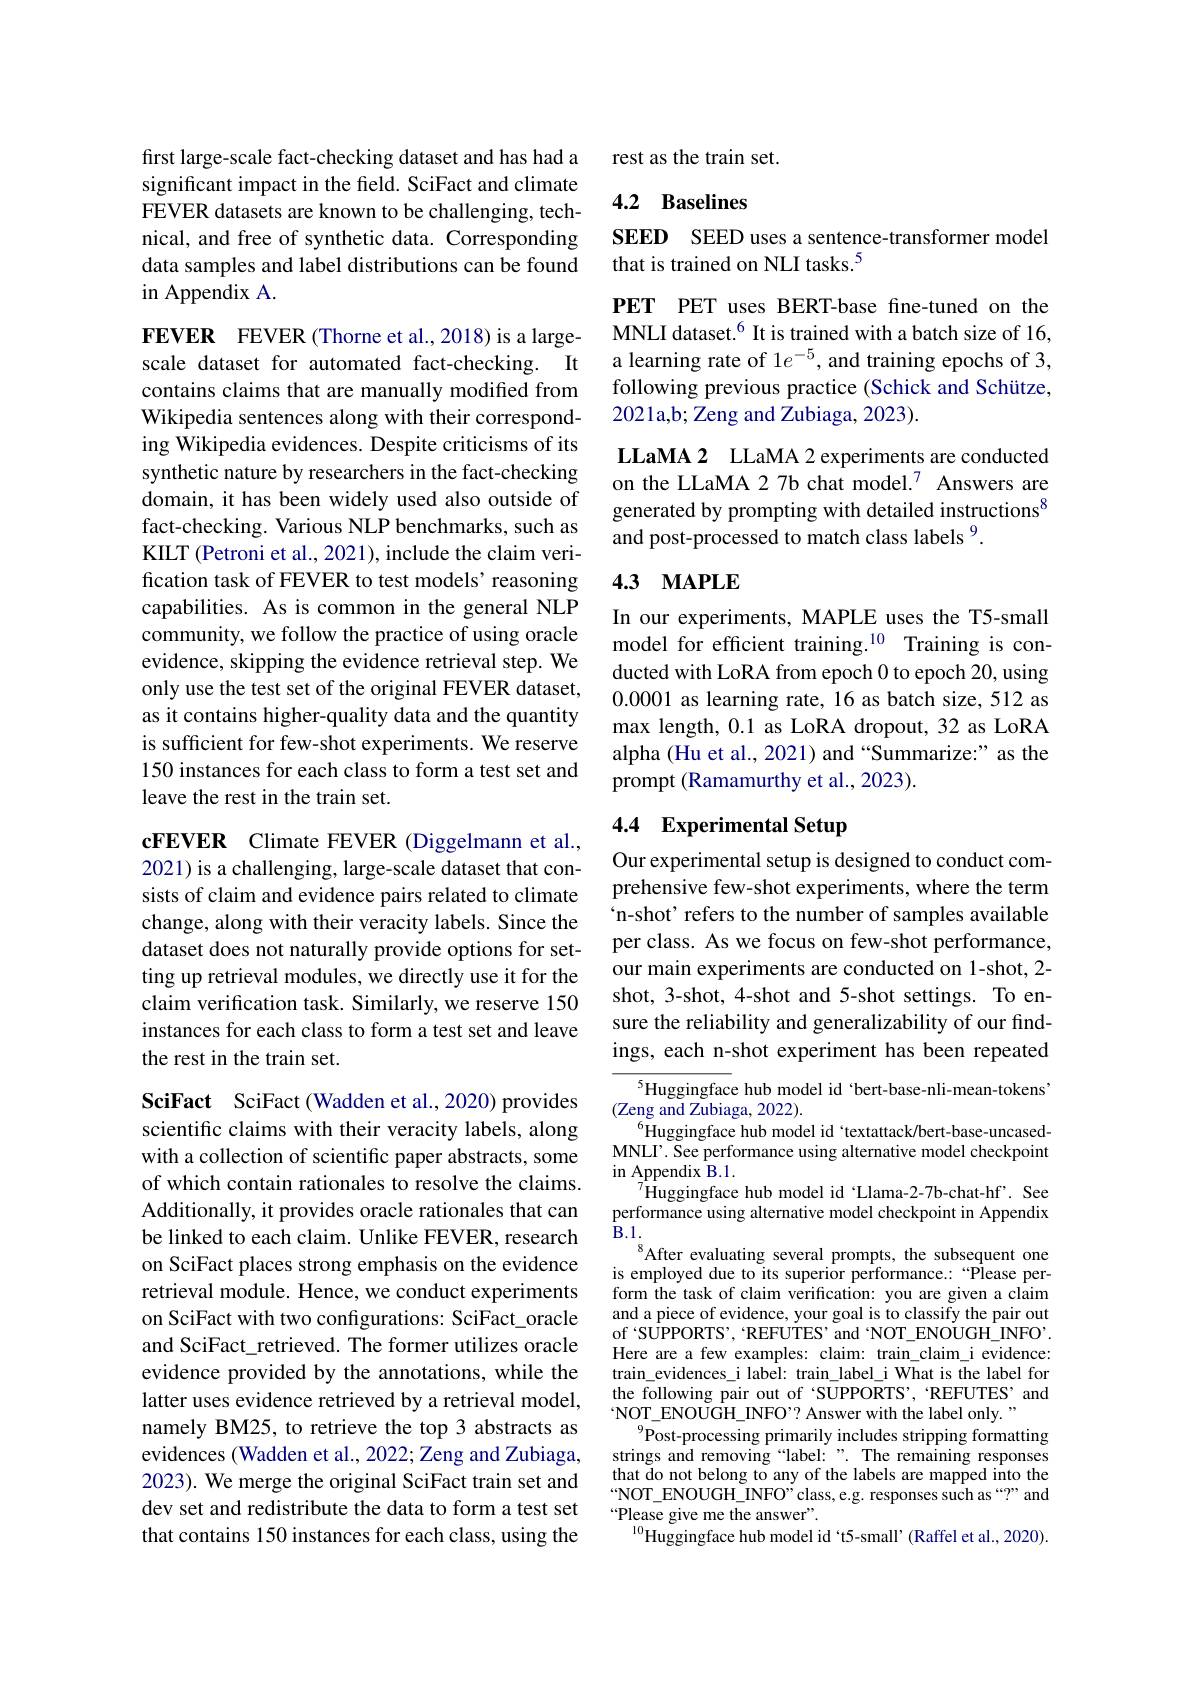
first large-scale fact-checking dataset and has had a significant impact in the field. SciFact and climate FEVER datasets are known to be challenging, technical, and free of synthetic data. Corresponding data samples and label distributions can be found in Appendix A.

FEVER FEVER (Thorne et al.,2018) is a largescale dataset for automated fact-checking. It contains claims that are manually modified from Wikipedia sentences along with their corresponding Wikipedia evidences. Despite criticisms of its synthetic nature by researchers in the fact-checking domain, it has been widely used also outside of fact-checking. Various NLP benchmarks, such as KILT (Petroni et al., 2021), include the claim verification task of FEVER to test models’ reasoning capabilities. As is common in the general NLP community, we follow the practice of using oracle evidence, skipping the evidence retrieval step. We only use the test set of the original FEVER dataset, as it contains higher-quality data and the quantity is sufficient for few-shot experiments. We reserve 150 instances for each class to form a test set and leave the rest in the train set.

cFEVER Climate FEVER (Diggelmann et al.,

2021) is a challenging, large-scale dataset that consists of claim and evidence pairs related to climate change, along with their veracity labels. Since the dataset does not naturally provide options for setting up retrieval modules, we directly use it for the claim verification task. Similarly, we reserve 150 instances for each class to form a test set and leave the rest in the train set.

SciFact SciFact (Wadden et al.,2020) provides scientific claims with their veracity labels, along with a collection of scientific paper abstracts, some of which contain rationales to resolve the claims. Additionally, it provides oracle rationales that can be linked to each claim. Unlike FEVER, research on SciFact places strong emphasis on the evidence retrieval module. Hence, we conduct experiments on SciFact with two confgurations: SciFact\_oracle and SciFact\_retrieved. The former utilizes oracle evidence provided by the annotations, while the latter uses evidence retrieved by a retrieval model, namely BM25, to retrieve the top 3 abstracts as evidences (Wadden et al., 2022; Zeng and Zubiaga, 2023). We merge the original SciFact train set and dev set and redistribute the data to form a test set that contains 150 instances for each class, using the

rest as the train set.

## 4.2 Baselines

SEED SEED uses a sentence-transformer model
that is trained on NLI tasks.$^{5}$

PET PET uses BERT-base fne-tuned on the MNLI dataset.$^{6}$ It is trained with a batch size of 16, a learning rate of $1e^{-5}$, and training epochs of 3, following previous practice (Schick and Schütze, 2021a,b; Zeng and Zubiaga, 2023).

LLaMA 2 LLaMA 2 experiments are conducted on the LLaMA 2 7b chat model.$^{7}$ Answers are generated by prompting with detailed instructions$^{8}$ and post-processed to match class labels $^{9}.$

## 4.3 $\mathbf{MAPLE}$

In our experiments, MAPLE uses the T5-small model for efficient training.$^{10}$ Training is conducted with LoRA from epoch 0 to epoch 20, using 0.0001 as learning rate, 16 as batch size, 512 as max length, 0.1 as LoRA dropout, 32 as LoRA alpha (Hu et al., 2021) and “Summarize:” as the prompt (Ramamurthy et al., 2023).

# 4.4 Experimental Setup

Our experimental setup is designed to conduct comprehensive few-shot experiments, where the term `n-shot' refers to the number of samples available per class. As we focus on few-shot performance, our main experiments are conducted on 1-shot, 2- shot, 3-shot, 4-shot and 5-shot settings. To ensure the reliability and generalizability of our findings, each n-shot experiment has been repeated

$^{5}$Huggingface hub model id ‘bert-base-nli-mean-tokens’
(Zeng and Zubiaga, 2022).
$^{6}$Huggingface hub model id textattack/bert-base-uncasedMNLI' See performance using alternative model checkpoint $\operatorname{in}\underset{7}{\operatorname*{Appendix}}\mathbf{B.1.}$
$^{7}$Huggingface hub model id Llama-2-7b-chat-hf'. See performance using alternative model checkpoint in Appendix $\dot{\mathbf{B}}.1.$
After evaluating several prompts, the subsequent one is employed due to its superior performance.:“Please perform the task of claim verification: you are given a claim and a piece of evidence, your goal is to classify the pair out of SUPPORTS', REFUTES' and NOT\_ENOUGH\_INFO' Here are a few examples: claim: train\_claim\_i evidence: train\_evidences\_i label: train\_label\_i What is the label for the following pair out of 'SUPPORTS', REFUTES' and NOT\_ENOUGH\_INFO'? Answer with the label only.
$^{9}$Post-processing primarily includes stripping formatting strings and removing “label:”. The remaining responses that do not belong to any of the labels are mapped into the $\because$NOT\_ENOUGH\_INFO"class,e.g. responses such as “?”and $“$Please give me the answer”.
$^{10}$Huggingface hub model id 't5-small'(Raffel et al., 2020).